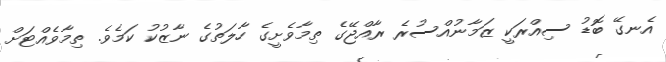
އެނގޭ ބޮޑު ސިއްރަކީ ޒަމާނުއްސުރެ ރާއްޖޭގެ ތިމާވެށީގެ ހާލަތުގެ ނާޒުކު ކަމެވެ. ތިމާވެއްޓަށް